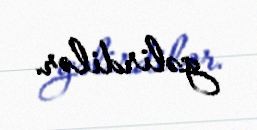
gəlirdilər.